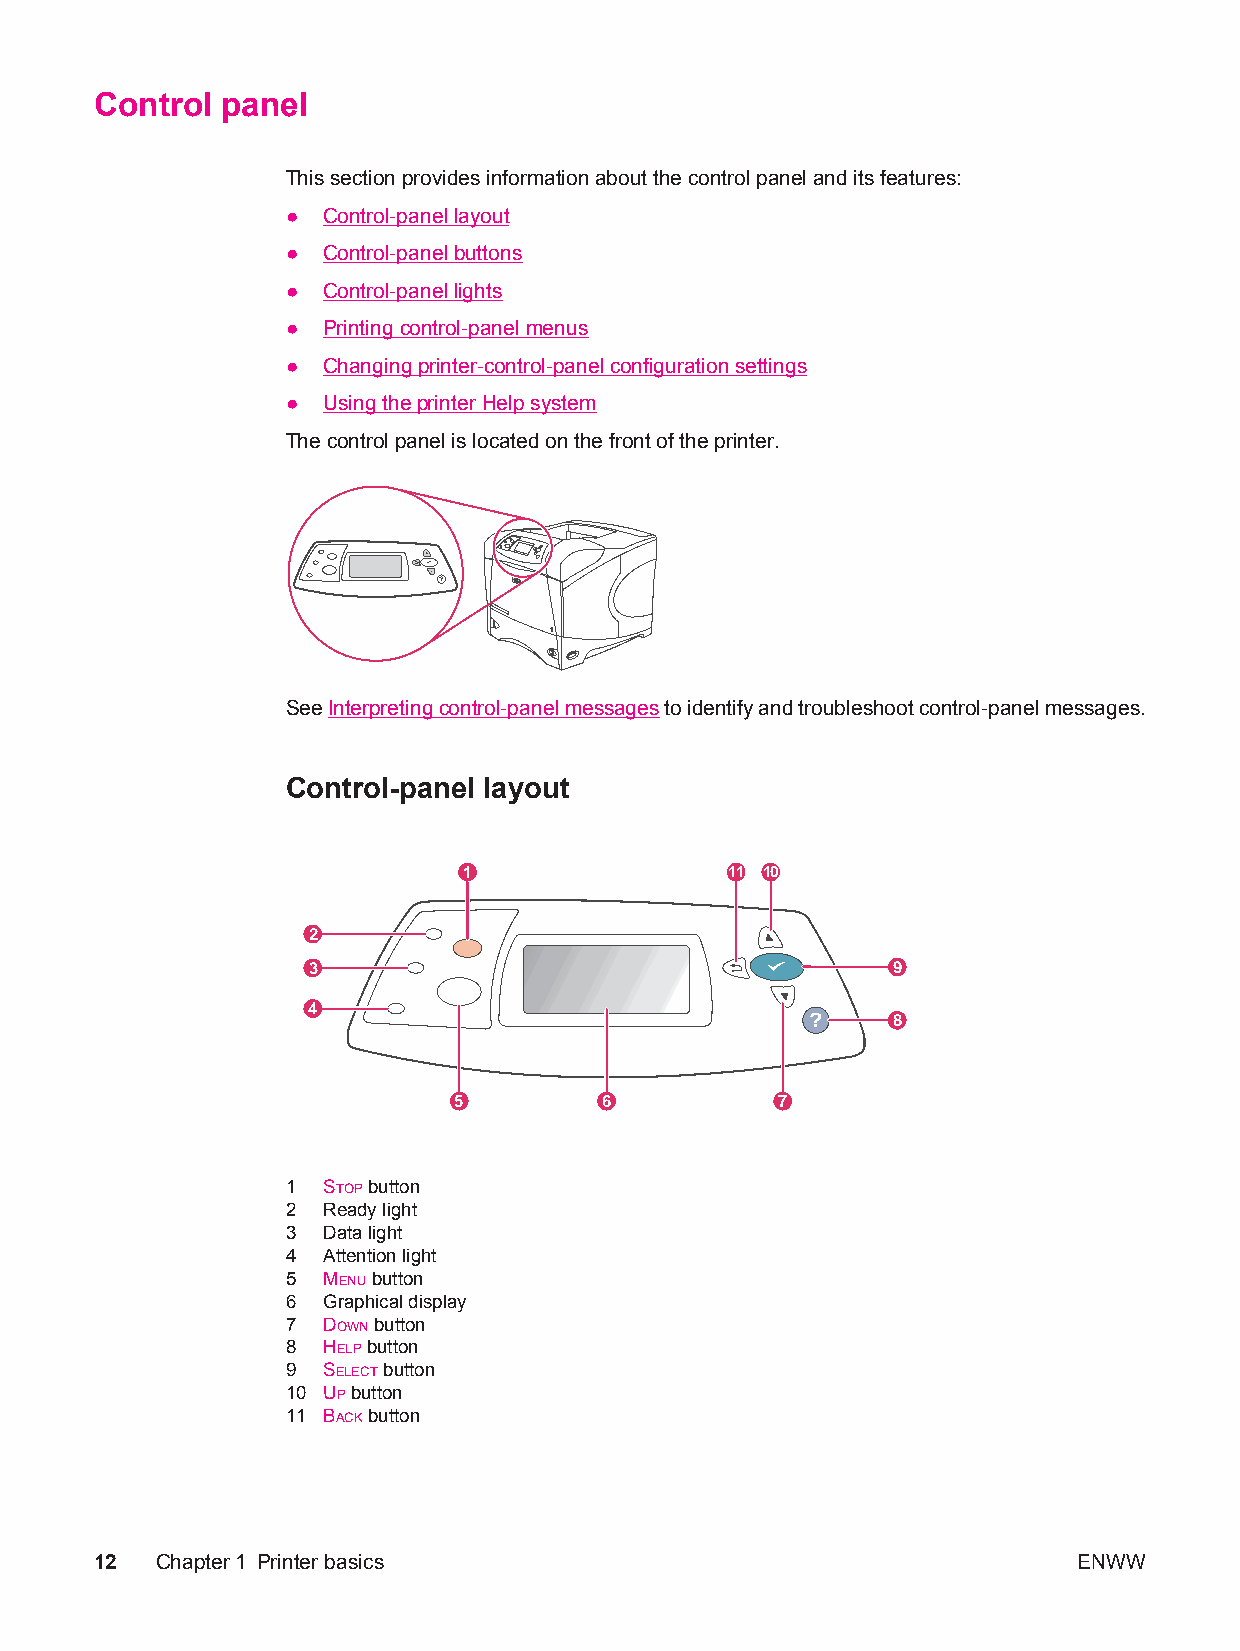
Control  panel
 This section provides information about the control panel and its features:
 ● Control-panel layout
 ● Control-panel buttons
 ● Control-panel lights
 ● Printing control-panel menus
 ● Changing printer-control-panel configuration settings
 ● Using the printer Help system
 The control panel is located on the front of the printer.
 ?
 See Interpreting control-panel messages to identify and troubleshoot control-panel messages.
 Control-panel layout
 1                11 10
 2
 3                                      9
 4
 ?    8
 5         6           7
 1 STOP button
 2 Ready light
 3 Data light
 4 Attention light
 5 MENU button
 6 Graphical display
 7 DOWN button
 8 HELP button
 9 SELECT button
 10 UP button
 11 BACK button
 12  Chapter1 Printer basics                                      ENWW